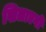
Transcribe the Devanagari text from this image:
खिलाएगी